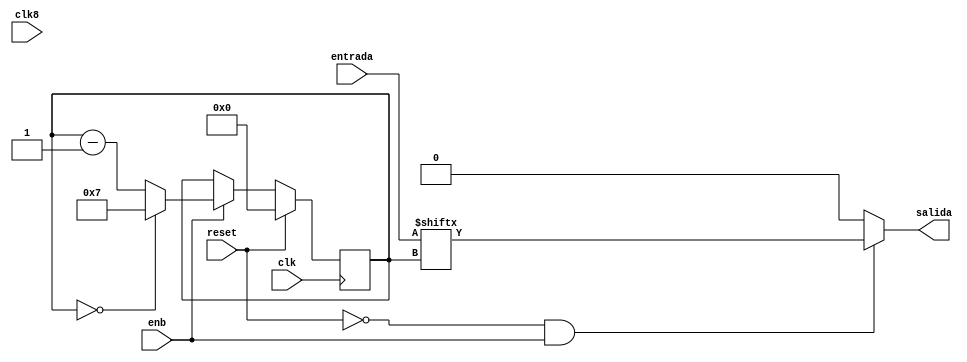
`timescale 1ns/1ps


module ParaleloSerial(
  clk, reset, enb,
  clk8,
  entrada,
  salida
);

parameter cantBits = 8;

input wire clk;
input wire enb;
input wire reset;
input wire clk8;
input wire [7:0] entrada;
output reg salida;
reg [3:0] contador;

always @ ( * ) begin
salida = ~reset & enb ? entrada[contador] : 0;
end

always @(posedge clk) begin

  if (reset) begin
    contador <= 0;
  end else if(enb) begin
    contador <= contador == 0 ? cantBits-1 : contador-1;
  end
  else  contador = contador;
  end


endmodule